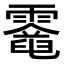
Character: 𩆈